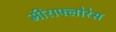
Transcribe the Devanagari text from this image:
मीराफ्लोरेस